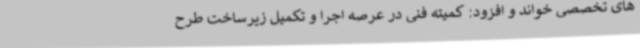
های تخصصی خواند و افزود: کمیته فنی در عرصه اجرا و تکمیل زیرساخت طرح